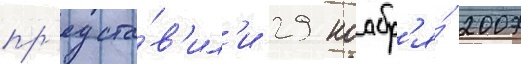
пр'едста́в'ил'и 29 ноабр'я́ 2007